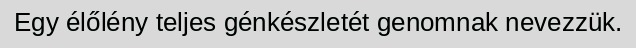
Egy élőlény teljes génkészletét genomnak nevezzük.